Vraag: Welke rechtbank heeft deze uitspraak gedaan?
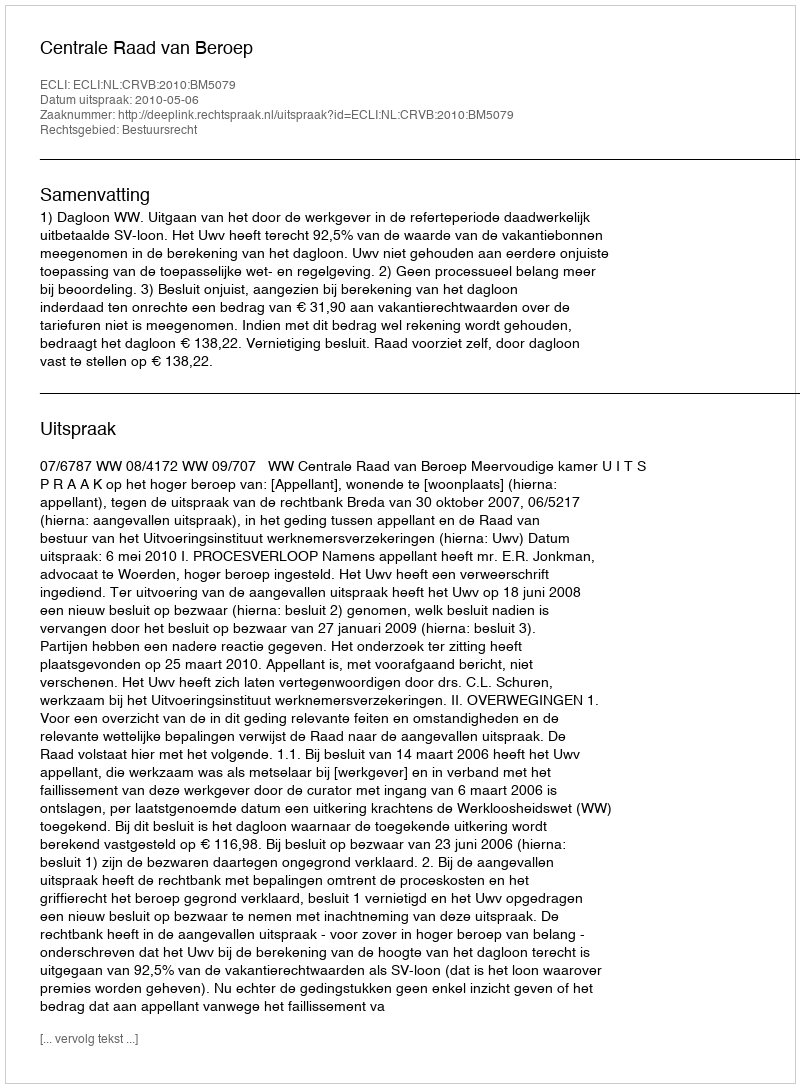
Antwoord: Centrale Raad van Beroep